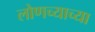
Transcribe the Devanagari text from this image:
लोणच्याच्या